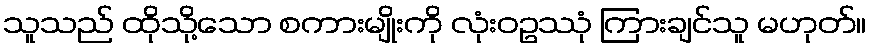
သူသည် ထိုသို့သော စကားမျိုးကို လုံးဝဥဿုံ ကြားချင်သူ မဟုတ်။